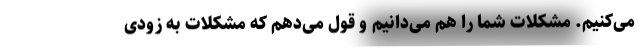
می‌کنیم. مشکلات شما را هم می‌دانیم و قول می‌دهم که مشکلات به زودی